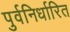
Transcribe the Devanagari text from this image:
पुर्वनिर्धारित